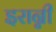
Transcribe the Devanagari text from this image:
इरान्नी